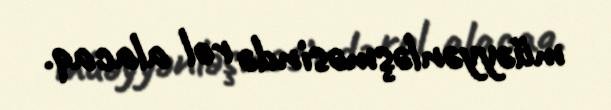
müəyyənləşməsində rol alacaq.